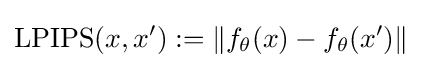
\operatorname {LPIPS} (x,x'):=\|f_{\theta }(x)-f_{\theta }(x')\|